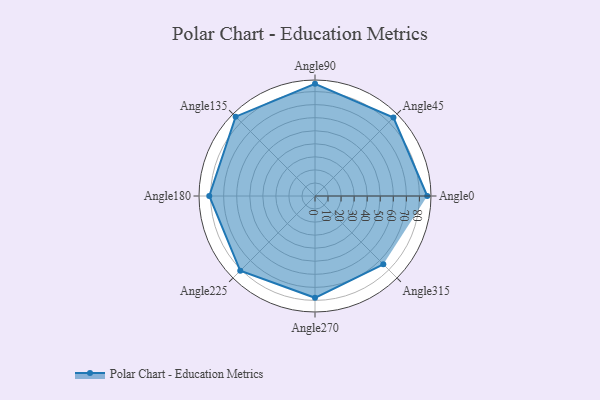
{"axis": {"x": "Angle", "y": "Radius"}, "legend": [""], "data": [{"x": "Angle0", "y": 86.0, "type": ""}, {"x": "Angle45", "y": 85.0, "type": ""}, {"x": "Angle90", "y": 86.0, "type": ""}, {"x": "Angle135", "y": 86.0, "type": ""}, {"x": "Angle180", "y": 81.0, "type": ""}, {"x": "Angle225", "y": 81.0, "type": ""}, {"x": "Angle270", "y": 78.0, "type": ""}, {"x": "Angle315", "y": 74.0, "type": ""}]}